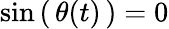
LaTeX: \sin\left(\, \theta(t)\, \right)=0